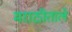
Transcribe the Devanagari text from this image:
मराठीताले